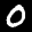
Label: 0